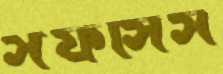
সফসিস